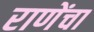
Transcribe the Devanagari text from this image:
राणेंचा